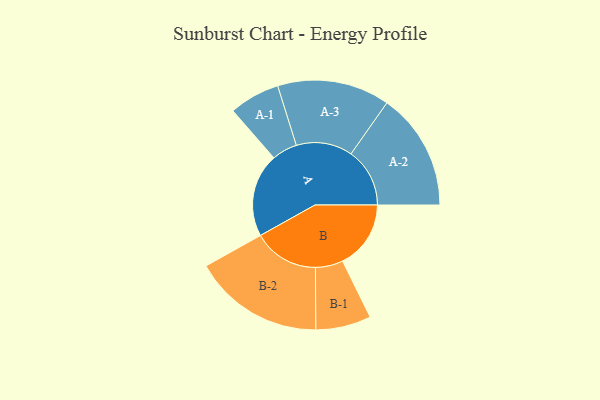
{"axis": {"x": "Segment", "y": "Value"}, "legend": ["", "A", "B"], "data": [{"x": "A", "y": 333, "type": ""}, {"x": "B", "y": 272, "type": ""}, {"x": "A-1", "y": 101, "type": "A"}, {"x": "A-2", "y": 234, "type": "A"}, {"x": "A-3", "y": 224, "type": "A"}, {"x": "B-1", "y": 110, "type": "B"}, {"x": "B-2", "y": 261, "type": "B"}]}